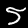
Label: 5